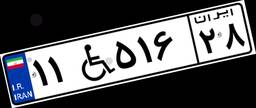
۱۱W۵۱۶۲۸